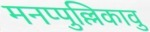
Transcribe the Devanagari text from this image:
मनप्पुल्लिकावु